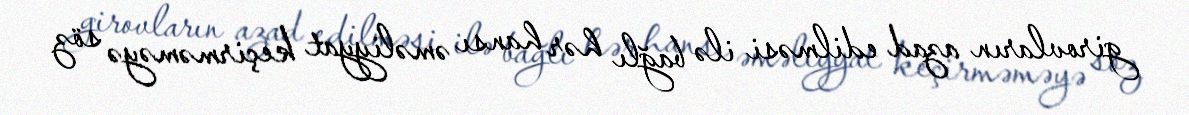
girovların azad edilməsi ilə bağlı hər hansı əməliyyat keçirməməyə söz